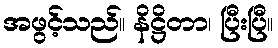
အဖွင့်သည်။ နိဋ္ဌိတာ၊ ပြီးပြီ။